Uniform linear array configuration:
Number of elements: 8
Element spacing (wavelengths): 0.75
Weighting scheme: cosine
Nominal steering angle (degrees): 15
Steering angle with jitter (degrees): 13.473
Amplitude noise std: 0.05
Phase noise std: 0.05

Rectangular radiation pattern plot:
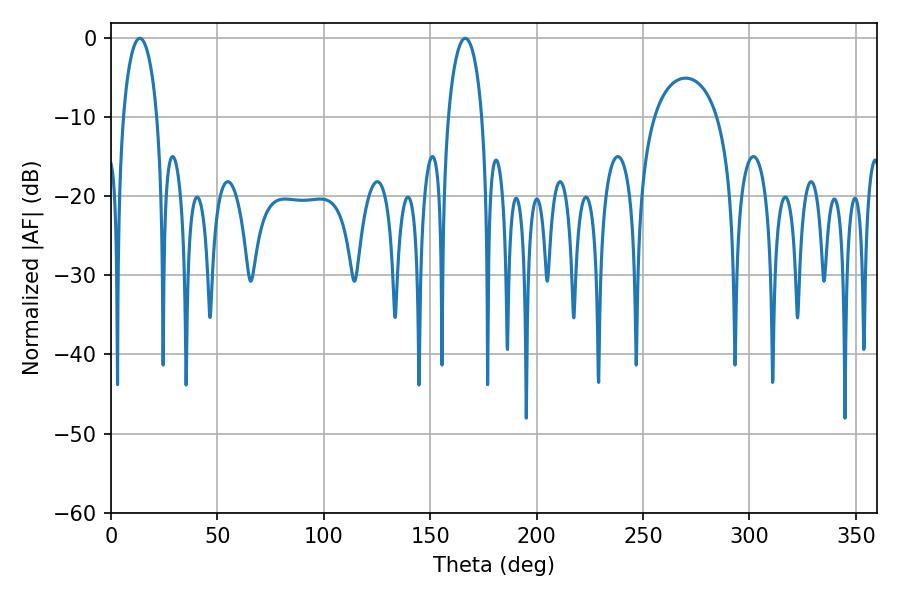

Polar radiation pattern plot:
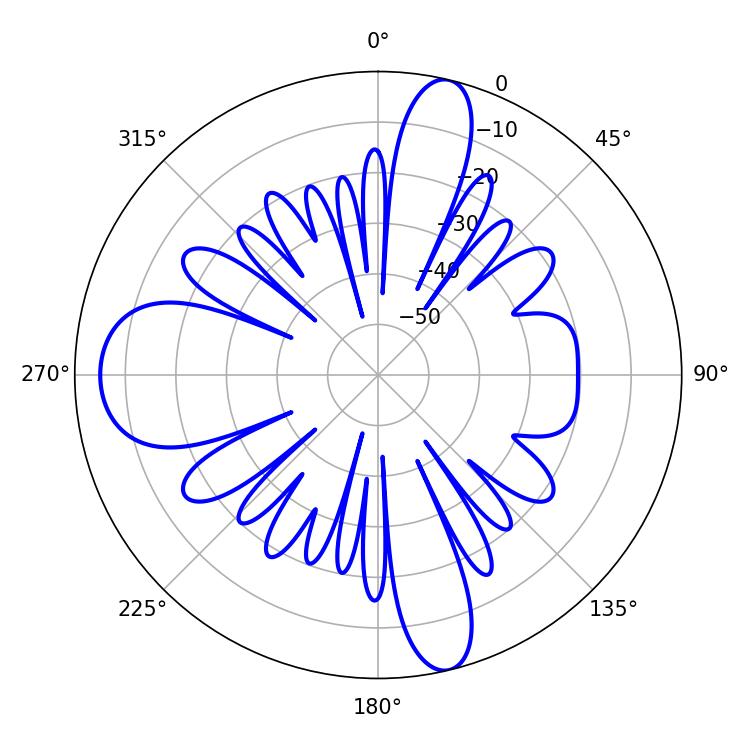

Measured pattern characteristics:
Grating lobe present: TRUE
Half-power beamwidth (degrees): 9.18
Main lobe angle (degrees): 13.5